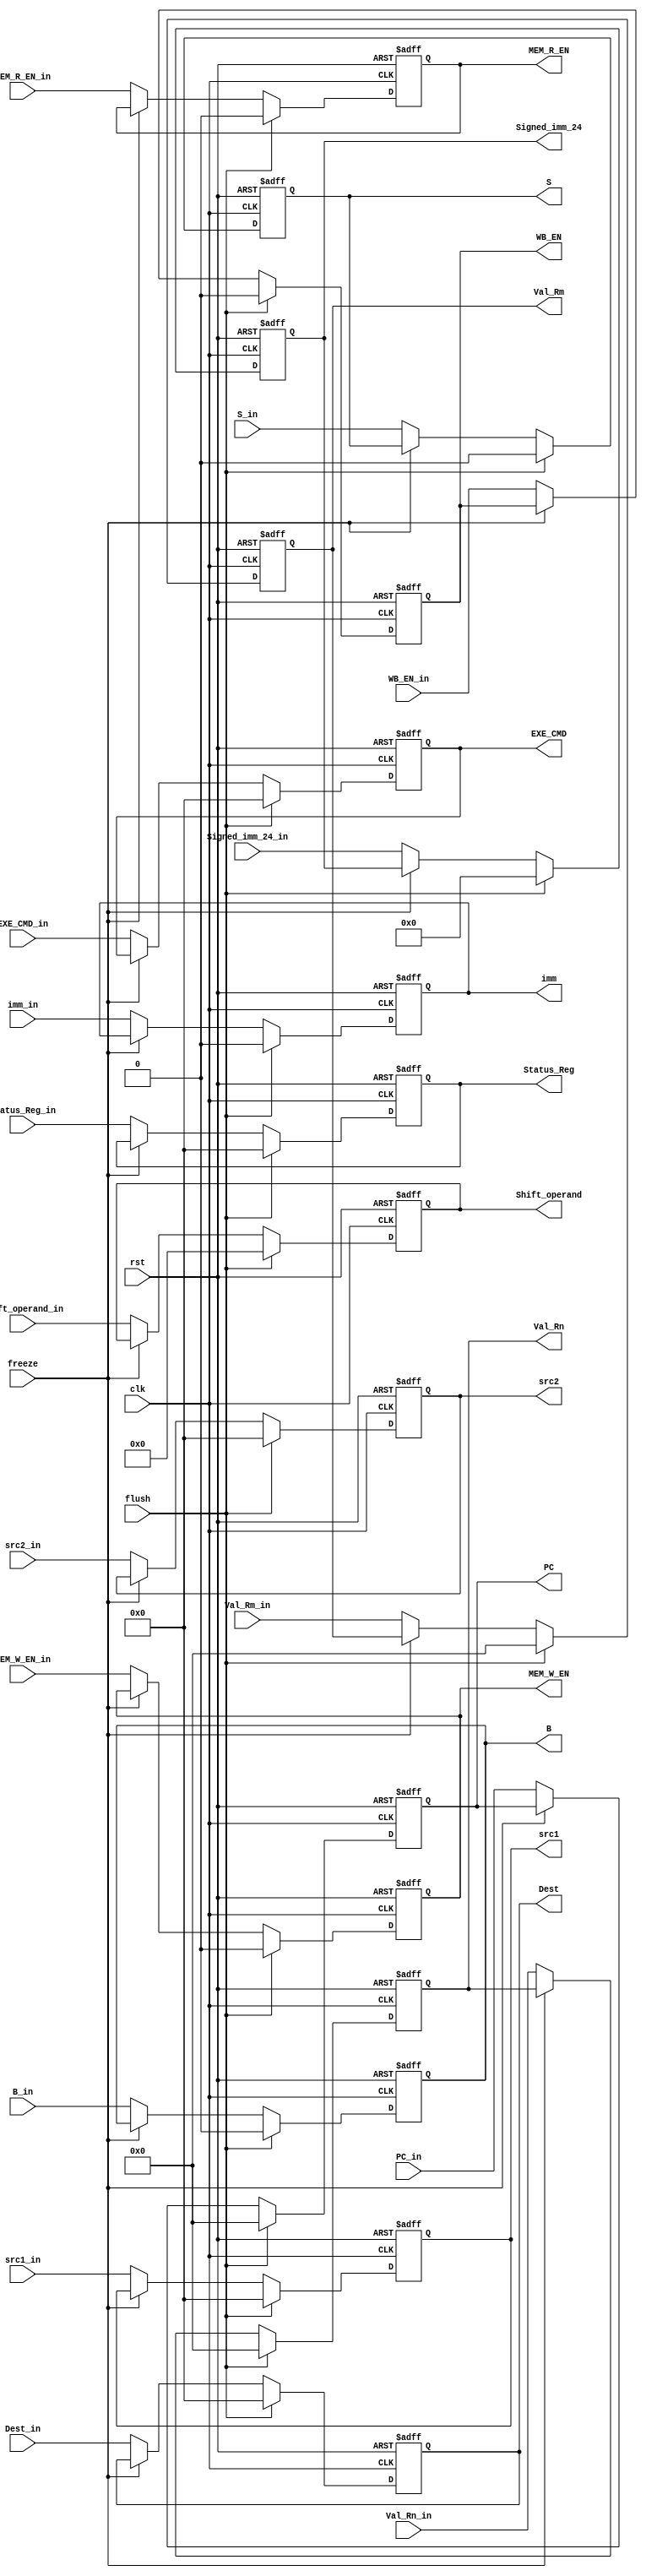
module DecodeReg (
    clk,
    rst,
    flush,
    PC_in,
    B_in,
    EXE_CMD_in,
    S_in,
    MEM_R_EN_in,
    MEM_W_EN_in,
    Status_Reg_in,
    WB_EN_in,
    Signed_imm_24_in,
    Dest_in,
    Val_Rn_in,
    Val_Rm_in,
    imm_in,
    Shift_operand_in,
    PC,
    B,
    EXE_CMD,
    S,
    MEM_R_EN,
    MEM_W_EN,
    WB_EN,
    Signed_imm_24,
    Dest,
    Val_Rn,
    Val_Rm,
    imm,
    Shift_operand,
    Status_Reg,
    src1_in,
    src2_in,
    src1,
    src2,
    freeze
);
    input wire clk;
    input wire rst;
    input wire flush;
    input wire [31:0] PC_in, Val_Rn_in, Val_Rm_in;
    input B_in, S_in, MEM_R_EN_in, MEM_W_EN_in, WB_EN_in, imm_in;
    input [23:0] Signed_imm_24_in;
    input [3:0] Dest_in, EXE_CMD_in, Status_Reg_in;
    input [11:0] Shift_operand_in;
    input [3:0] src1_in, src2_in;
    input freeze;

    output reg [31:0] PC;
    
    output reg [23:0] Signed_imm_24;
    output reg [3:0] Dest;
    output reg B, S, MEM_W_EN, MEM_R_EN, WB_EN, imm;
    output reg [3:0] EXE_CMD, Status_Reg;
    output reg [31:0] Val_Rm, Val_Rn;
    output reg [11:0] Shift_operand;
    output reg [3:0] src1, src2;

    //PC
    always @(posedge clk, posedge rst) begin
        if(rst)begin
            {PC, Signed_imm_24, Dest, B, S, MEM_W_EN, MEM_R_EN, WB_EN, EXE_CMD, Val_Rm, Val_Rn, imm, Shift_operand, Status_Reg, src1, src2} <= 0;
        end
        else if(flush)begin
            {PC, Signed_imm_24, Dest, B, S, MEM_W_EN, MEM_R_EN, WB_EN, EXE_CMD, Val_Rm, Val_Rn, imm, Shift_operand, Status_Reg, src1, src2} <= 0;
        end
        else if (~freeze) begin
            {PC, Signed_imm_24, Dest, B, S, MEM_W_EN, MEM_R_EN, WB_EN, EXE_CMD, Val_Rm, Val_Rn, imm, Shift_operand, Status_Reg, src1, src2} <=
            {PC_in, Signed_imm_24_in, Dest_in, B_in, S_in, MEM_W_EN_in, MEM_R_EN_in, WB_EN_in, EXE_CMD_in, Val_Rm_in, Val_Rn_in, imm_in, Shift_operand_in, Status_Reg_in, src1_in, src2_in};
        end
    end
    
endmodule